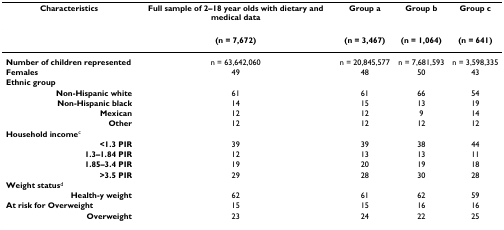
| Characteristics | Full sample of 2–18 year olds with dietary and medical data | Group a | Group b | Group c |
 | --- | --- | --- | --- | --- |
 |  | (n = 7,672) | (n = 3,467) | (n = 1,064) | (n = 641) |
 | Number of children represented | n = 63,642,060 | n = 20,845,577 | n = 7,681,593 | n = 3,598,335 |
 | Females | 49 | 48 | 50 | 43 |
 | Ethnic group |  |  |  |  |
 | Non-Hispanic white | 61 | 61 | 66 | 54 |
 | Non-Hispanic black | 14 | 15 | 13 | 19 |
 | Mexican | 12 | 12 | 9 | 14 |
 | Other | 12 | 12 | 12 | 12 |
 | Household incomec |  |  |  |  |
 | <1.3 PIR | 39 | 39 | 38 | 44 |
 | 1.3–1.84 PIR | 12 | 13 | 13 | 11 |
 | 1.85–3.4 PIR | 19 | 20 | 19 | 18 |
 | >3.5 PIR | 29 | 28 | 30 | 28 |
 | Weight statusd |  |  |  |  |
 | Health-y weight | 62 | 61 | 62 | 59 |
 | At risk for Overweight | 15 | 15 | 16 | 16 |
 | Overweight | 23 | 24 | 22 | 25 |